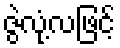
ဇွဲလုံ့လဖြင့်